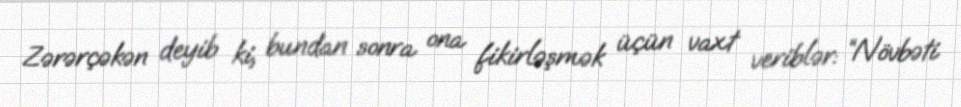
Zərərçəkən deyib ki, bundan sonra ona fikirləşmək üçün vaxt veriblər: “Növbəti